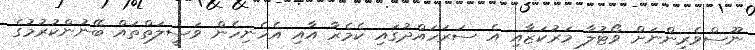
ނޫސްވެރިންނަށް ވޯޓުލާ މަރުކަޒާއި އެ ސަރަހައްދުގައި ކެމެރާ އާއި އެހެނިހެން ވަސީލަތްތައް ބޭނުންކުރުމުގެ